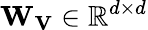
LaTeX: \mathbf{W_{V}}\in\mathbb{R}^{d\times d}